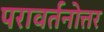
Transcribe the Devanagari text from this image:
परावर्तनोत्तर